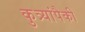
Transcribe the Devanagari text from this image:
कुत्र्यांपैकी